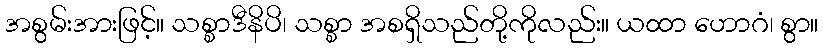
အစွမ်းအားဖြင့်။ သစ္စာဒီနိပိ၊ သစ္စာ အစရှိသည်တို့ကိုလည်း။ ယထာ ဟောဂံ၊ စွာ။